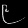
Digit: ၉